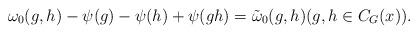
LaTeX: \begin{align*}\omega_0(g, h) - \psi(g) - \psi(h) + \psi(g h) = \tilde{\omega}_0(g, h) (g, h \in C_G(x)).\end{align*}